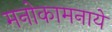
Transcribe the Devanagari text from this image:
मनोकामनाये